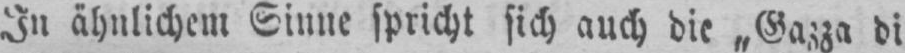
In ähnlichem Sinne spricht sich auch die „Gazza di